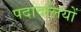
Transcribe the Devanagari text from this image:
पदावलियों